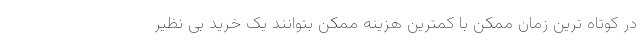
در کوتاه ترین زمان ممکن با کمترین هزینه ممکن بتوانند یک خرید بی نظیر